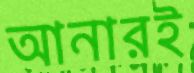
আনারই